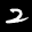
Label: 2